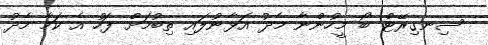
ސިނގިރޭޓް ބޯ މީހުންނާ މެދު އަޅާނުލައި ތިބުމަށް ފަހު އެ ކަމާ މެދު